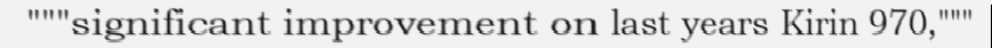
"""significant improvement on last years Kirin 970,"""